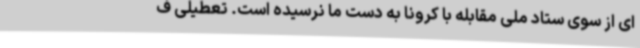
ای از سوی ستاد ملی مقابله با کرونا به دست ما نرسیده است. تعطیلی ف